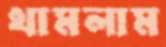
থামলাম